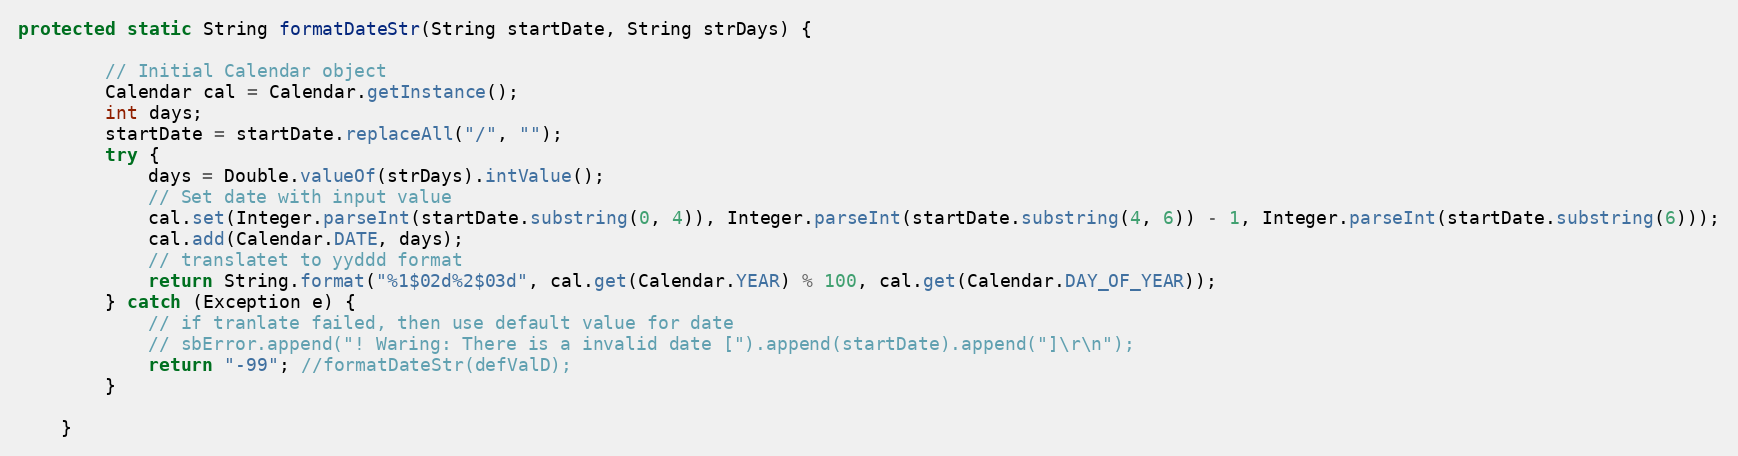
Language: Java
protected static String formatDateStr(String startDate, String strDays) {

        // Initial Calendar object
        Calendar cal = Calendar.getInstance();
        int days;
        startDate = startDate.replaceAll("/", "");
        try {
            days = Double.valueOf(strDays).intValue();
            // Set date with input value
            cal.set(Integer.parseInt(startDate.substring(0, 4)), Integer.parseInt(startDate.substring(4, 6)) - 1, Integer.parseInt(startDate.substring(6)));
            cal.add(Calendar.DATE, days);
            // translatet to yyddd format
            return String.format("%1$02d%2$03d", cal.get(Calendar.YEAR) % 100, cal.get(Calendar.DAY_OF_YEAR));
        } catch (Exception e) {
            // if tranlate failed, then use default value for date
            // sbError.append("! Waring: There is a invalid date [").append(startDate).append("]\r\n");
            return "-99"; //formatDateStr(defValD);
        }

    }